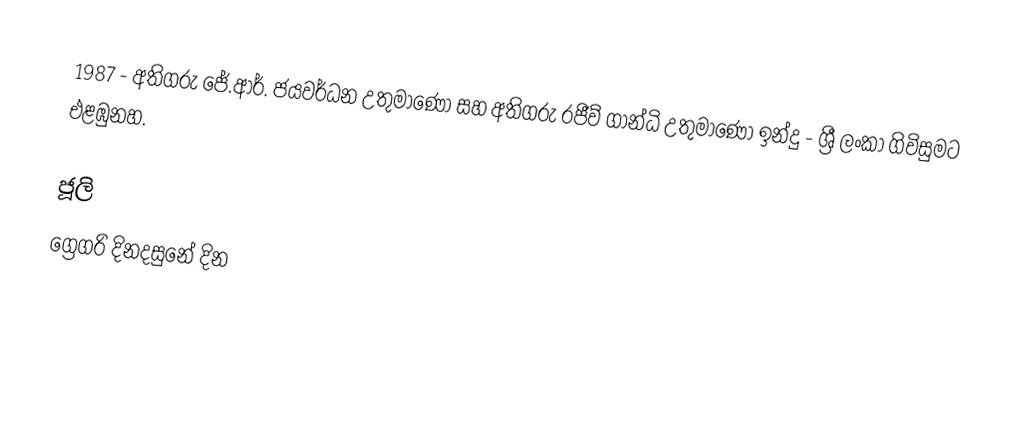
1987 - අතිගරු ජේ.ආර්. ජයවර්ධන උතුමාණෝ සහ අතිගරු රජීව් ගාන්ධි උතුමාණෝ ඉන්දු - ශ්‍රී ලංකා ගිවිසුමට එළඹුනහ.

ජූලි
ග්‍රෙගරි දිනදසුනේ දින